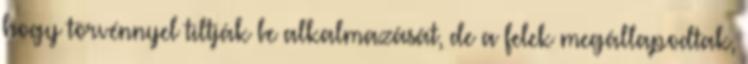
hogy törvénnyel tiltják be alkalmazását, de a felek megállapodtak,